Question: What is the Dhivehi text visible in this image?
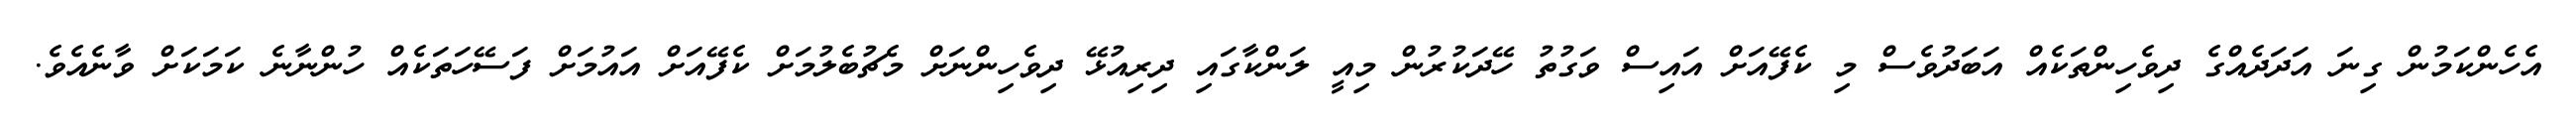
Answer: އެހެންކަމުން ގިނަ އަދަދެއްގެ ދިވެހިންތަކެއް އަބަދުވެސް މި ކެފޭއަށް އައިސް ވަގުތު ހޭދަކުރުން މިއީ ލަންކާގައި ދިރިއުޅޭ ދިވެހިންނަށް މެޗުބެލުމަށް ކެފޭއަށް އައުމަށް ފަސޭހަތަކެއް ހުންނާނެ ކަމަކަށް ވާނެއެވެ.